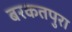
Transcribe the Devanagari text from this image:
बरकतपुरा